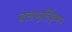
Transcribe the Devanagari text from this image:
बलामुर्लिकृष्णन